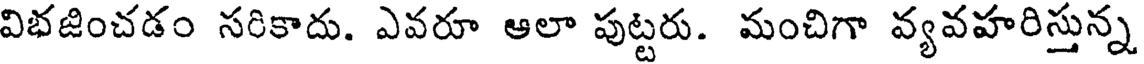
విభజించడం సరికాదు. ఎవరూ ఆలా పుట్టరు. మంచిగా వ్యవహరిస్తున్న